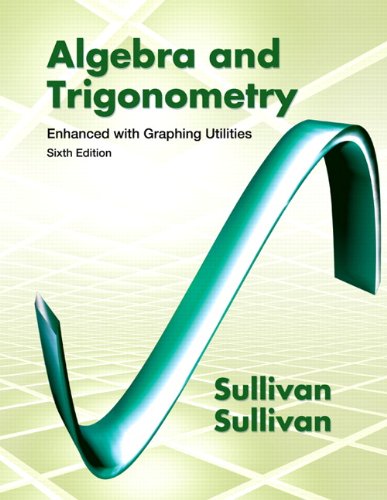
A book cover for Algebra and Trigonometry Enhanced with Graphing Utilities (6th Edition); Michael Sullivan; Science & Math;